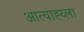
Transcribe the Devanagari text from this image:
आत्याह्य्ला